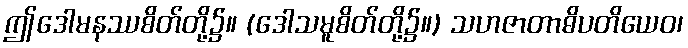
ဤဒေါမနဿစိတ်တို့၌။ (ဒေါသမူစိတ်တို့၌။) သဟဇာတာဓိပတိယေဝ၊